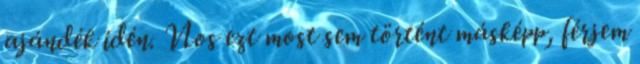
ajándék idén. Nos ezt most sem történt másképp, férjem